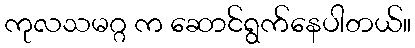
ကုလသမဂ္ဂ က ဆောင်ရွက်နေပါတယ်။